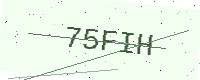
Text: 75FIH